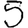
Digit: 5